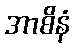
အာစိနံ